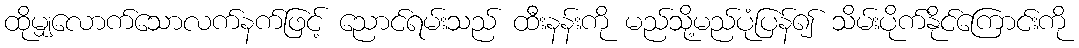
ထိုမျှလောက်သောလက်နက်ဖြင့် ညောင်ရမ်းသည် ထီးနန်းကို မည်သို့မည်ပုံပြန်၍ သိမ်းပိုက်နိုင်ကြောင်းကို